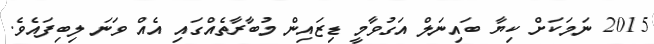
2015 ނަމަކަށް ކިޔާ ބައިނަލް އަގުވާމީ ޑިޒައިން މުބާރާތެއްގައި އެއް ވަނަ ލިބިފައެވެ.